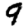
Digit: 9